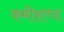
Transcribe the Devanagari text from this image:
कमीशण्ड